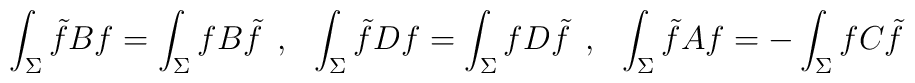
\int_{\Sigma} \tilde{f}Bf = \int_{\Sigma} fB\tilde{f} \:\: , \:\:\: \int_{\Sigma} \tilde{f}Df = \int_{\Sigma}fD \tilde{f}  \:\: , \:\:\: \int_{\Sigma} \tilde{f}Af = -\int_{\Sigma} fC \tilde{f}